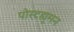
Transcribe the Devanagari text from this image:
पोस्टह्यूमन